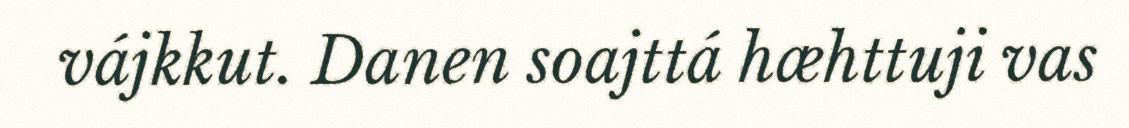
vájkkut. Danen soajttá hæhttuji vas